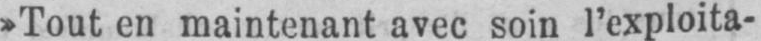
»Tout en maintenant avec soin l’exploita-